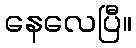
နေလေပြီ။